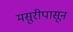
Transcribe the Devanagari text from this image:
मसुरीपासून